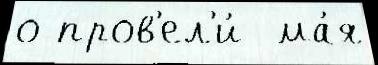
о пров'ел'и́  ма́я